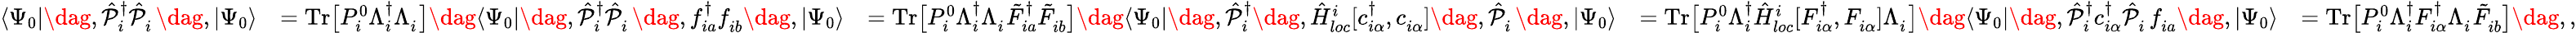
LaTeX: \begin{array}{rlrlr}{\langle\Psi_{0}|\dag,\hat{\mathcal{P}}_{i}^{{\dagger}}\hat{\mathcal{P}}_{i}^{\phantom{\dagger}}\dag,|\Psi_{0}\rangle}&{=\mathrm{Tr}\big[P_{i}^{0}\Lambda_{i}^{\dagger}\Lambda_{i}^{\phantom{\dagger}}\big]\dag\langle\Psi_{0}|\dag,\hat{\mathcal{P}}_{i}^{{\dagger}}\hat{\mathcal{P}}_{i}^{\phantom{\dagger}}\dag,f_{ia}^{\dagger}f_{ib}^{\phantom{\dagger}}\dag,|\Psi_{0}\rangle}&{=\mathrm{Tr}\big[P_{i}^{0}\Lambda_{i}^{\dagger}\Lambda_{i}^{\phantom{\dagger}}\tilde{F}_{ia}^{\dagger}\tilde{F}_{ib}^{\phantom{\dagger}}\big]\dag\langle\Psi_{0}|\dag,\hat{\mathcal{P}}_{i}^{{\dagger}}\dag,\hat{H}_{loc}^{i}[c_{i\alpha}^{\dagger},c_{i\alpha}^{\phantom{\dagger}}]\dag,\hat{\mathcal{P}}_{i}^{\phantom{\dagger}}\dag,|\Psi_{0}\rangle}&{=\mathrm{Tr}\big[P_{i}^{0}\Lambda_{i}^{\dagger}\hat{H}_{loc}^{i}[F_{i\alpha}^{\dagger},F_{i\alpha}^{\phantom{\dagger}}]\Lambda_{i}^{\phantom{\dagger}}\big]\dag\langle\Psi_{0}|\dag,\hat{\mathcal{P}}_{i}^{{\dagger}}c_{i\alpha}^{\dagger}\hat{\mathcal{P}}_{i}^{\phantom{\dagger}}f_{ia}^{\phantom{\dagger}}\dag,|\Psi_{0}\rangle}&{=\mathrm{Tr}\big[P_{i}^{0}\Lambda_{i}^{\dagger}F_{i\alpha}^{\dagger}\Lambda_{i}^{\phantom{\dagger}}\tilde{F}_{ib}^{\phantom{\dagger}}\big]\dag,,}\end{array}